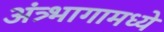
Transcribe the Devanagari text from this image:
अंत्र्भागामध्ये